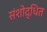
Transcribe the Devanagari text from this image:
संशोद्धित